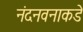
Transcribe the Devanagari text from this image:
नंदनवनाकडे